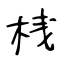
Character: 桟